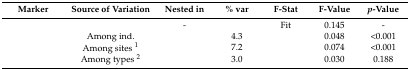
<table><thead><tr><td><b>Marker</b></td><td><b>Source of Variation</b></td><td><b>Nested in</b></td><td><b>% var</b></td><td><b>F-Stat</b></td><td><b>F-Value</b></td><td><b><i>p</i>-Value</b></td></tr></thead><tbody><tr><td rowspan="4">[EMPTY_CELL]</td><td>[EMPTY_CELL]</td><td>-</td><td>[EMPTY_CELL]</td><td>Fit</td><td>0.145</td><td>-</td></tr><tr><td>Among ind.</td><td>[EMPTY_CELL]</td><td>4.3</td><td>[EMPTY_CELL]</td><td>0.048</td><td>&lt;0.001</td></tr><tr><td>Among sites <sup>1</sup></td><td>[EMPTY_CELL]</td><td>7.2</td><td>[EMPTY_CELL]</td><td>0.074</td><td>&lt;0.001</td></tr><tr><td>Among types <sup>2</sup></td><td>[EMPTY_CELL]</td><td>3.0</td><td>[EMPTY_CELL]</td><td>0.030</td><td>0.188</td></tr></tbody></table>